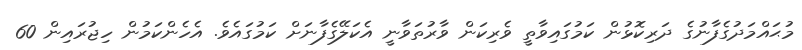
މުޙައްމަދުގެފާނުގެ ދަރިކޮޅުން ކަމުގައިވާތީ ވެރިކަން ވާރުތަވާނީ އެކަލޭގެފާނަށް ކަމުގައެވެ. އެހެންކަމުން ހިޖުރައިން 60